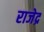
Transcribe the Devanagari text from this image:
राजेद्र